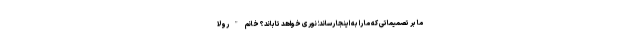
ما بر تصمیماتی که ما را به اینجا رساند؛ نوری خواهد تاباند؟ خانم "رولا